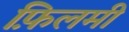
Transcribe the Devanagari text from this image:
फ़िलमीं